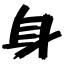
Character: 身